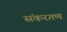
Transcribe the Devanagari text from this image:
संकरगण